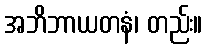
အဘိဘာယတနံ၊ တည်း။